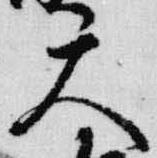
天